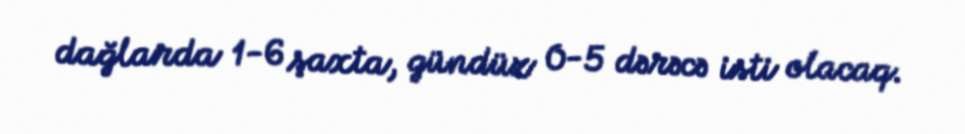
dağlarda 1-6 şaxta, gündüz 0-5 dərəcə isti olacaq.